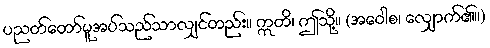
ပညတ်တော်မူအပ်သည်သာလျှင်တည်း။ ဣတိ၊ ဤသို့။ (အဝေါစ၊ လျှောက်၏။)